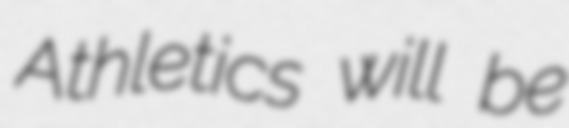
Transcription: Athletics will be